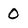
Character: 0